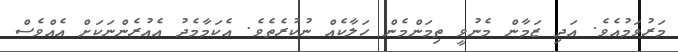
މަރުވަމުއެވެ. އަދި ޒަމާން މެނުވީ ތިމަންމެން ހަލާކެއް ނުކުރެތެވެ. އެކަމާމެދު އެއުރެންނަކަށް އެއްވެސް